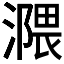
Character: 𣽻